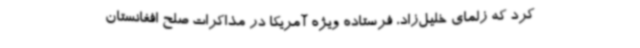
کرد که زلمای خلیل‌زاد، فرستاده ویژه آمریکا در مذاکرات صلح افغانستان